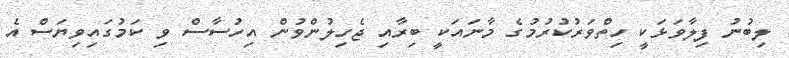
ލިބުނު ފިލާވަޅަކީ ހިތްވަރުކުރުމުގެ މާނައަކީ ބިރާއި ޖެހިލުންވުން އިހުސާސް ވި ކަމުގައިވިޔަސް އެ